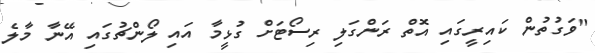
"ވަގުތުން ކައިރީގައި އޮތް ރަންގަލި ރިސޯޓަށް ގުޅީމާ އައި ލޯންޗުގައި އޭނާ މާލެ